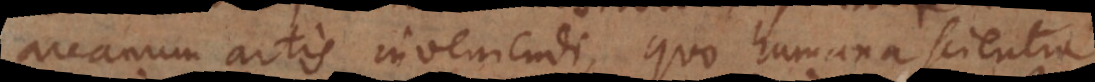
arcanum artis inveniendi, quo humana scientia